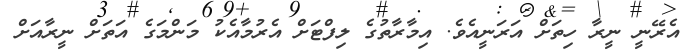
އެރޭނީ ނީރާ ހިތަށް އަރަނީއެވެ. އިމާރާތުގެ ލިފްޓަށް އެރުމާއެކު މަންމަގެ އަތަށް ނީރާއަށް